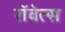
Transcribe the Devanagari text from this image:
रॉवेल्स